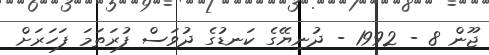
ޖޫން 8 - 1992 - ދުނިޔޭގެ ކަނޑުގެ ދުވަސް ފުރަތަމަ ފަހަރަށް